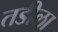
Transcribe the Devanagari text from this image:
तडीला